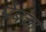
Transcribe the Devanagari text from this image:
पेबचा